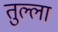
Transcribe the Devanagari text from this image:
तुल्ला